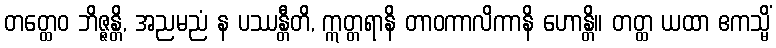
တတ္ထေဝ ဘိဇ္ဇန္တိ, အညမညံ န ပဿန္တီတိ, ဣတ္တရာနိ တာဝကာလိကာနိ ဟောန္တိ။ တတ္ထ ယထာ ဧကသ္မိံ